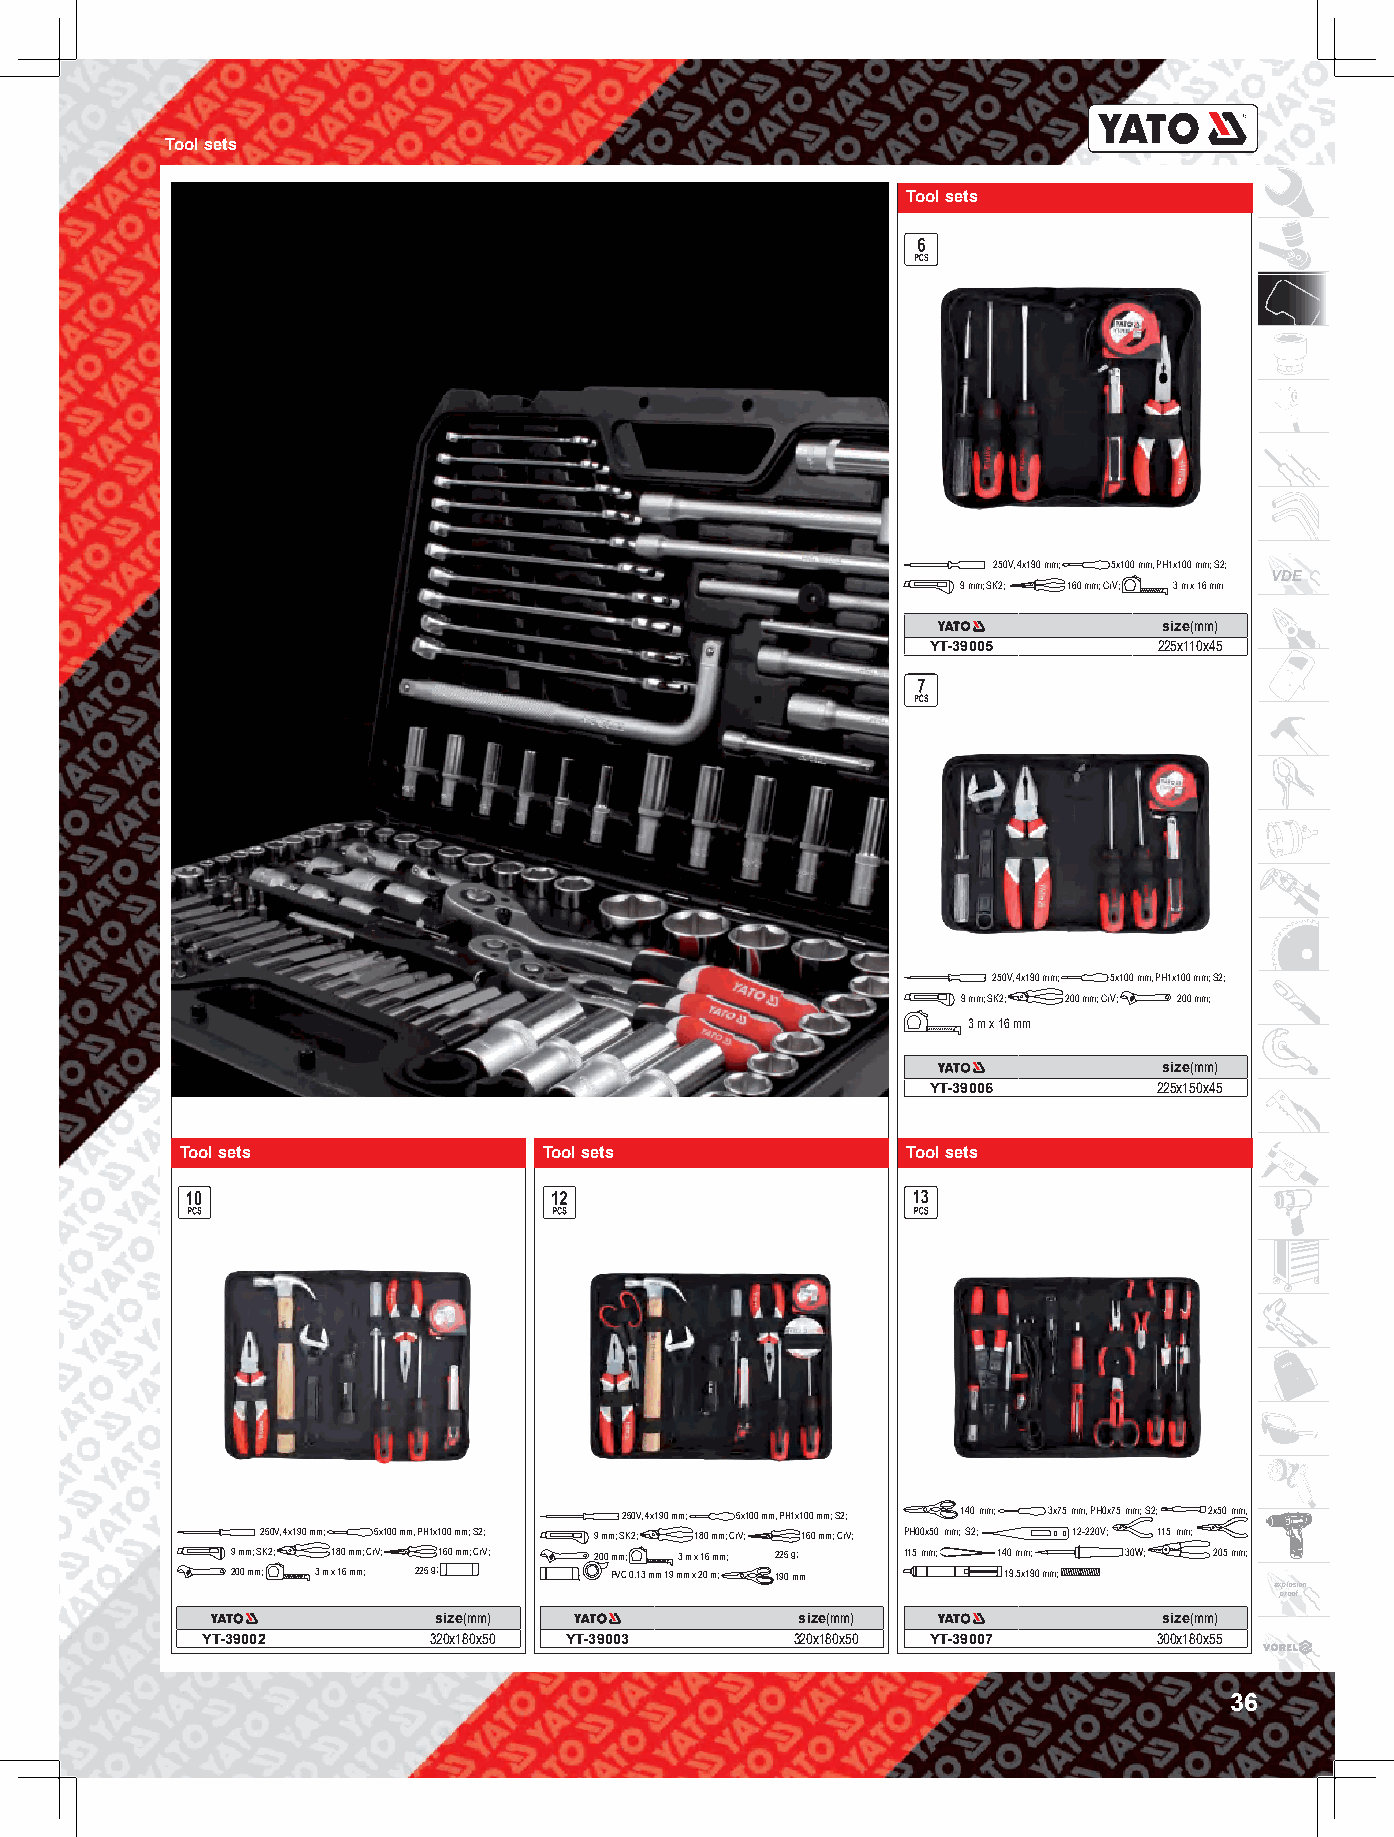
Tool sets
 Tool sets
 250V, 4x190 mm; 5x100 mm, PH1x100 mm; S2;
 VDE
 9 mm; SK2; 160 mm; CrV; 3 m x 16 mm
 size(mm)
 YT-39005       225x110x45
 250V, 4x190 mm; 5x100 mm, PH1x100 mm; S2;
 9 mm; SK2; 200 mm; CrV; 200 mm;
 3 m x 16 mm
 size(mm)
 YT-39006       225x150x45
 Tool sets               Tool sets               Tool sets
 250V, 4x190 mm; 5x100 mm, PH1x100 mm; S2; 140 mm; 3x75 mm, PH0x75 mm; S2; 2x50 mm,
 250V, 4x190 mm; 5x100 mm, PH1x100 mm; S2; 9 mm; SK2; 180 mm; CrV; 160 mm; CrV; PH00x50 mm; S2; 12-220V; 115 mm;
 9 mm; SK2; 180 mm; CrV; 160 mm; CrV; 200 mm; 3 m x 16 mm; 225 g; 115 mm; 140 mm; 30W; 205 mm;
 200 mm; 3 m x 16 mm; 225 g; ; PVC 0.13 mm 19 mm x 20 m; 190 mm 19.5x190 mm;
 explosion
 proof
 size(mm)                size(mm)                size(mm)
 YT-39002       320x180x50 YT-39003      320x180x50 YT-39007     300x180x55
 36